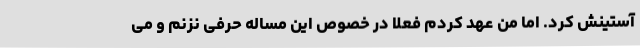
آستینش کرد. اما من عهد کردم فعلا در خصوص این مساله حرفی نزنم و می